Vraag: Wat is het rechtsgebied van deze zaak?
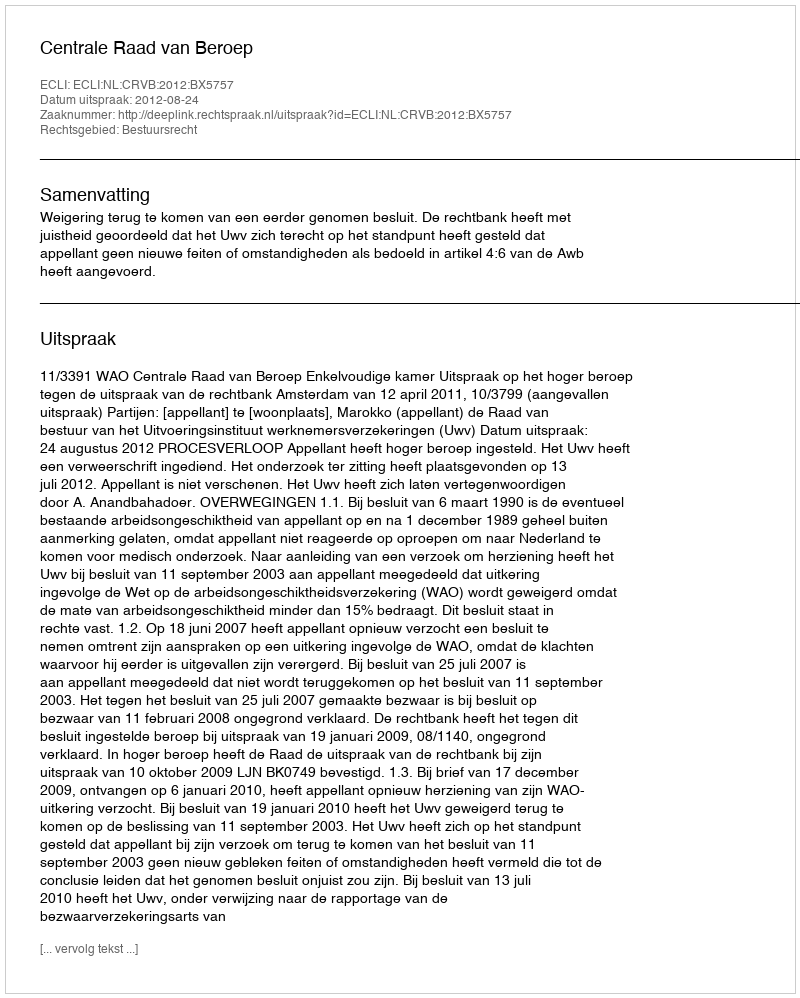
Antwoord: Bestuursrecht